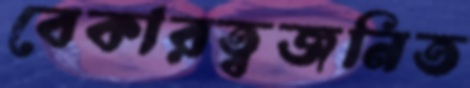
বেকারত্বজনিত